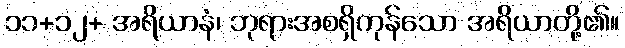
၁၁+၁၂+ အရိယာနံ၊ ဘုရားအစရှိကုန်သော အရိယာတို့၏။